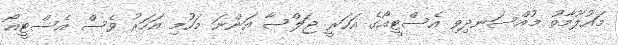
މައުލޫމާތު މުއްސަނދިވި އެސްޓީއޯގެ އަހަރީ ޖަލްސާ އަންނަ މަހުމި އަހަރު ވެސް އެސްޓީއޯ